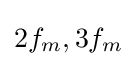
2f_{m},3f_{m}